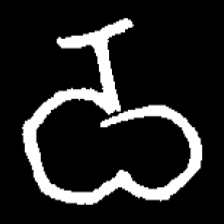
Pyu character \u2014 Myanmar letter: ဝ (romanized: wa)